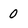
Character: 0